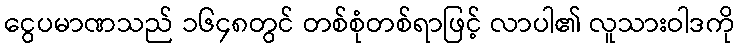
ငွေပမာဏသည် ၁၆၄၈တွင် တစ်စုံတစ်ရာဖြင့် လာပါ၏ လူသားဝါဒကို